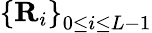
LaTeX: \left\{ \textbf{R}_{i}\right\} _{0\leq i\leq L-1}